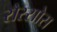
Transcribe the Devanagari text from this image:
रौस्सोस